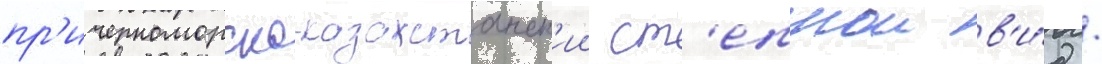
пр'ичерноморско-казахстанск'ии ст'епнои в'и́д /